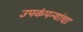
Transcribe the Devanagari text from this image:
उपकंपन्यांचा